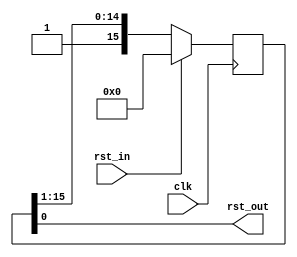
module resetter(
    input wire clk,
    input wire rst_in,
    output wire rst_out
);

reg [15:0] reset_shifter;
assign rst_out = reset_shifter[0];

always @(posedge clk) begin
   reset_shifter <= {1'b1, reset_shifter[15:1]};

   if(rst_in) begin
     reset_shifter <= 16'd0;
   end 
end

endmodule // resetter